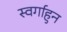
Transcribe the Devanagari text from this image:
स्वर्गाहुन